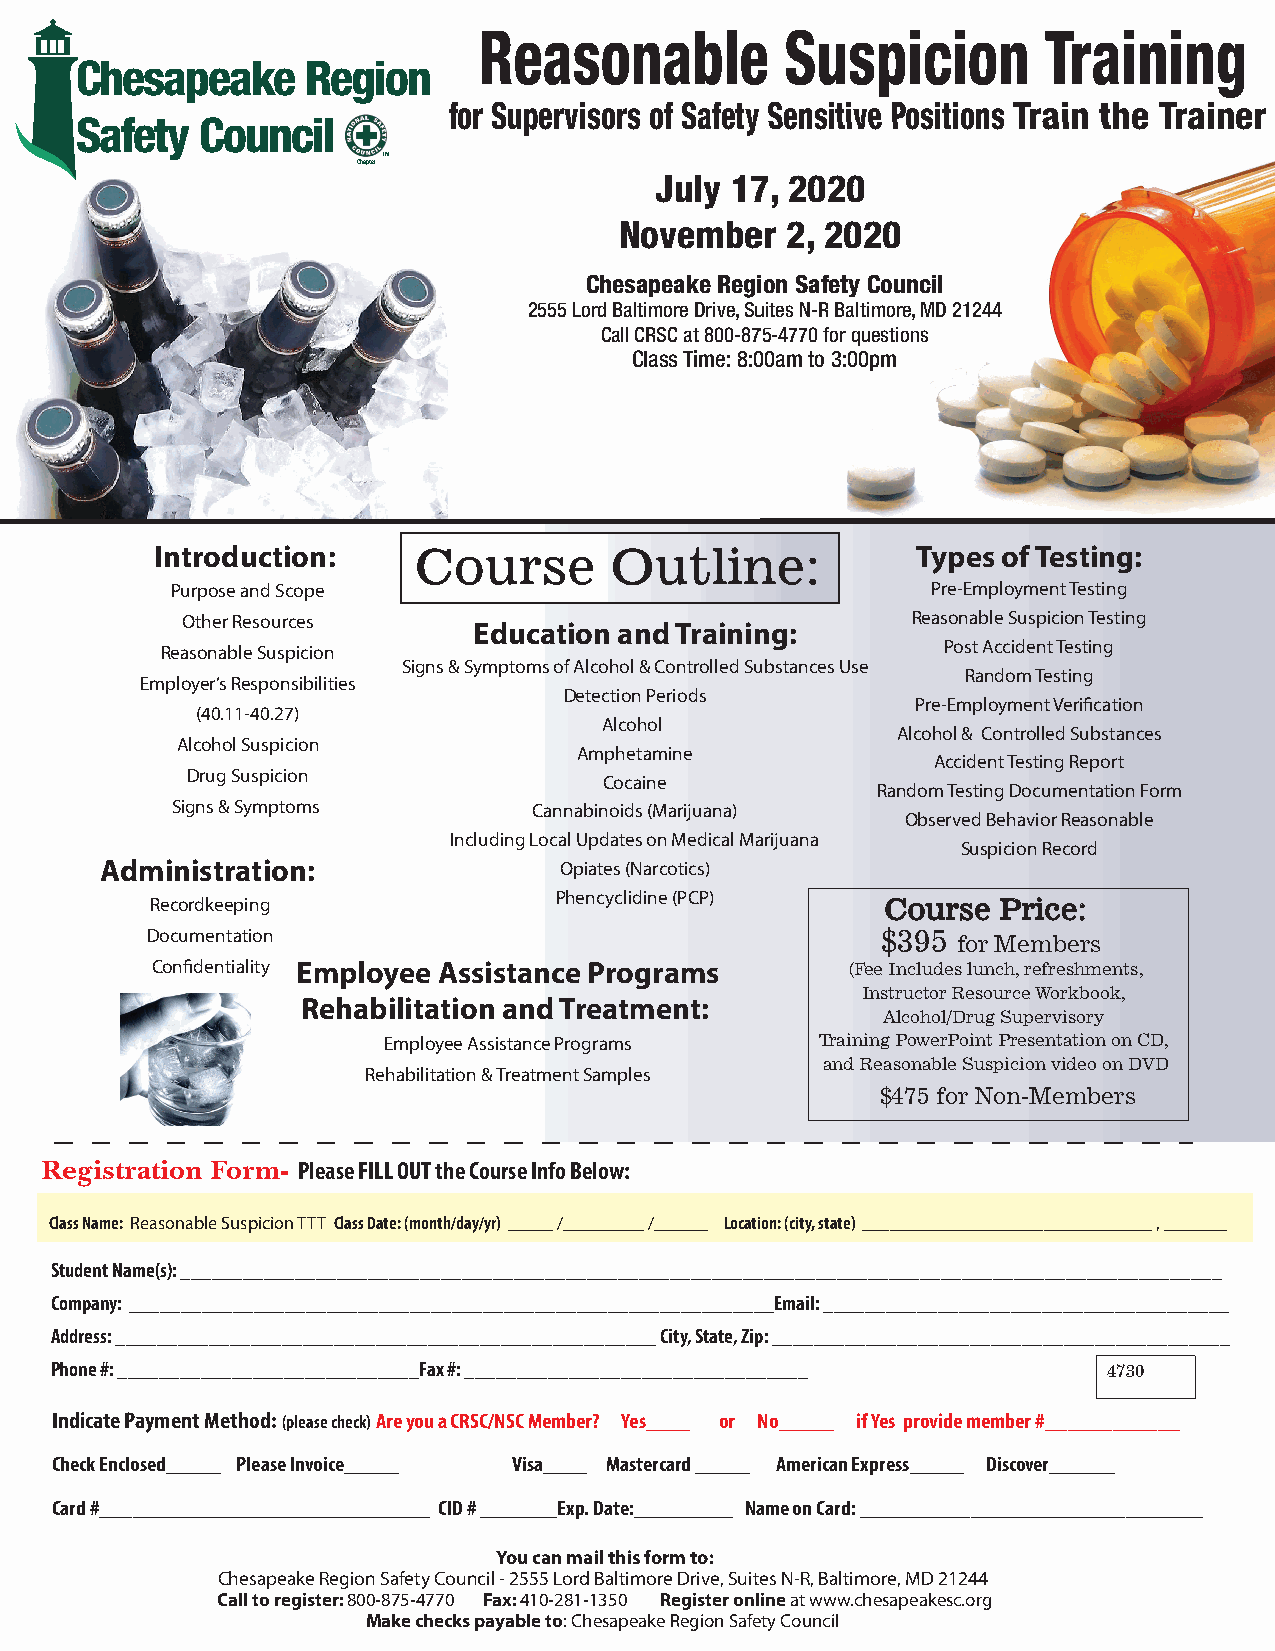
Reasonable          Suspicion        Training
 Chesapeake     Region
 for Supervisors of Safety SSeennssiittiivvee PPoossiittiioonnss TTrraaiinn tthhee TTrraaiinneerr
 Safety  Council
 TM
 Chapter
 July 177,, 222222002200
 Novembeerr 22,, 22002200
 Chesapeake Regiioonn SSaaffeettyy CCoouunncciill
 2555 Lord Baltimore Drive, Suuiitteess NN--RR BBaallttiimmoorree,, MMDD 2211224444
 Call CRSC at 800-87755--44777700 ffoorr qquueessttiioonnss
 Class Time: 8:0000aamm ttoo 33::0000ppmm
 Introduction:    Course       Outline:             Types of Testing:
 Purpose and Scope                                  Pre-Employment Testing
 Other Resources                                 Reasonable Suspicion Testing
 Education and Training:
 Reasonable Suspicion                                Post Accident Testing
 Signs & Symptoms of Alcohol & Controlled Substances Use
 Random Testing
 Employer’s Responsibilities
 Detection Periods
 Pre-Employment Verification
 (40.11-40.27)
 Alcohol
 Alcohol & Controlled Substances
 Alcohol Suspicion
 Amphetamine
 Accident Testing Report
 Drug Suspicion
 Cocaine
 Random Testing Documentation Form
 Signs & Symptoms        Cannabinoids (Marijuana)
 Observed Behavior Reasonable
 Including Local Updates on Medical Marijuana
 Suspicion Record
 Administration:               Opiates (Narcotics)
 Phencyclidine (PCP)
 Recordkeeping                                    CCoouurrssee PPrriiccee::
 Documentation                                   $395 for Members
 Confidentiality Employee Assistance Programs  (Fee Includes lunch, refreshments,
 Instructor Resource Workbook,
 Rehabilitation and Treatment:
 Alcohol/Drug Supervisory
 Employee Assistance Programs Training PowerPoint Presentation on CD,
 and Reasonable Suspicion video on DVD
 Rehabilitation & Treatment Samples
 $475 for Non-Members
 Registration Form- Please FILL OUT the Course Info Below:
 Class Name: Reasonable Suspicion TTT Class Date: (month/day/yr) _____ /_________ /______ Location: (city, state) ________________________________ , _______
 Student Name(s): ____________________________________________________________________________________________________
 Company: ______________________________________________________________Email: _______________________________________
 Address: ____________________________________________________ City, State, Zip: ____________________________________________
 Phone #: _____________________________Fax #: _________________________________
 4730
 Indicate Payment Method: (please check) Are you a CRSC/NSC Member? Yes____ or No_____ if Yes provide member #____________
 Check Enclosed_____ Please Invoice_____ Visa____ Mastercard _____ American Express_____ Discover______
 Card #______________________________ CID # _______Exp. Date:_________ Name on Card: _______________________________
 You can mail this form to:
 Chesapeake Region Safety Council - 2555 Lord Baltimore Drive, Suites N-R, Baltimore, MD 21244
 Call to register: 800-875-4770 Fax: 410-281-1350 Register online at www.chesapeakesc.org
 Make checks payable to: Chesapeake Region Safety Council